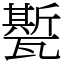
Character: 㽄